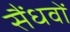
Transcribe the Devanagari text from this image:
सैंधवों